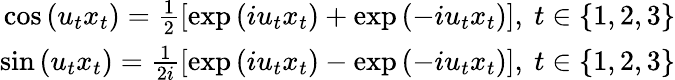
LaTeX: \begin{array}{r}{\cos{(u_{t}x_{t})}=\frac{1}{2}[\exp{(iu_{t}x_{t})}+\exp{(-iu_{t}x_{t})}],\ t\in\{ 1,2,3\} }\\ {\sin{(u_{t}x_{t})}=\frac{1}{2i}[\exp{(iu_{t}x_{t})}-\exp{(-iu_{t}x_{t})}],\ t\in\{ 1,2,3\} }\end{array}